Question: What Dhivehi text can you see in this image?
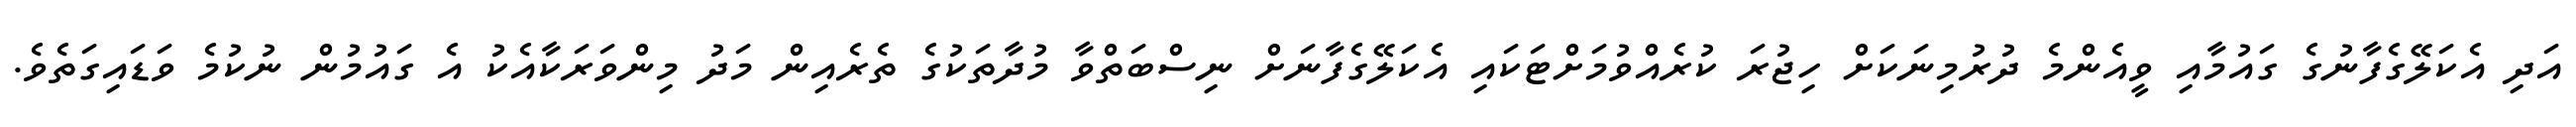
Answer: އަދި އެކަލޭގެފާނުގެ ގައުމާއި ވީއެންމެ ދުރުމިނަކަށް ހިޖުރަ ކުރެއްވުމަށްޓަކައި އެކަލޭގެފާނަށް ނިސްބަތްވާ މުދާތަކުގެ ތެރެއިން މަދު މިންވަރަކާއެކު އެ ގައުމުން ނުކުމެ ވަޑައިގަތެވެ.